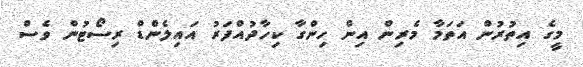
މީގެ އިތުރުން އަތަމާ މެރިން އިން ހިންގާ ކިހާދުއްފަރު އައިލެންޑް ރިސޯޓުން ވެސް